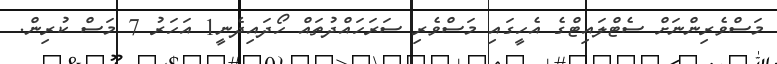
މަސްވެރިންނަށް ސެޓްލައިޓްގެ އެހީގައި މަސްވެރި ސަރަހައްދުތައް ހޯދައިދެނީ1 އަހަރު 7 މަސް ކުރިން.